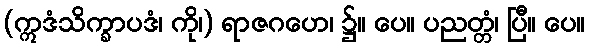
(ဣဒံသိက္ခာပဒံ၊ ကို၊) ရာဇဂဟေ၊ ၌။ ပေ။ ပညတ္တံ၊ ပြီ။ ပေ။